Annual report of lunatic asylums [Bombay] - 1912-1922
Year: 1912
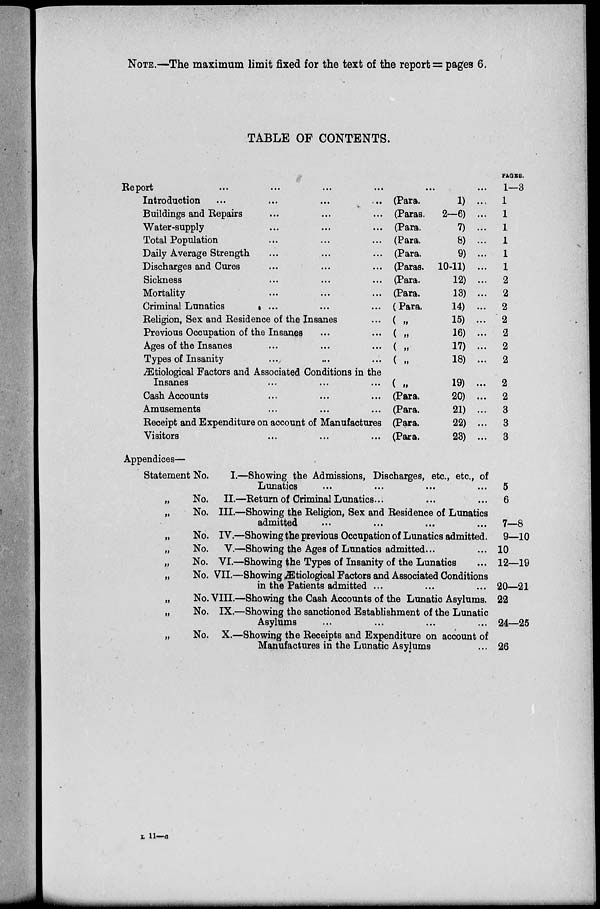
NOTE.—The maximum limit fixed for the text of the report = pages 6.
TABLE OF CONTENTS.
Report
...
...
...
...
...
...
Introduction ... ... ... ...
Buildings and Repairs ... ... ...
Water-supply ... ... ...
Total Population ... ... ...
Daily Average Strength ... ... ...
Discharges and Cures ... ... ...
Sickness ... ... ...
Mortality ... ... ...
Criminal Lunatics ... ... ...
Religion, Sex and Residence of the Insanes ...
Previous Occupation of the Insanes ... ...
Ages of the Insanes ... ... ...
Types of Insanity ... ... ...
Ætiological Factors and Associated Conditions in the
Insanes ... ... ...
Cash Accounts ... ... ...
Amusements ... ... ...
Receipt and Expenditure on account of Manufactures
Visitors ... ... ...
(Para.
1) ...
(Paras.
2—6) ...
(Para.
7) ...
(Para.
8) ...
(Para.
9) ...
(Paras. 10-11) ...
(Para.
12) ...
(Para.
13) ...
(Para.
14) ...
( „
15) ...
(
„
16) ...
( „
17) ...
( „
18) ...
( „
19) ...
(Para.
20) ...
(Para.
21) ...
(Para.
22) ...
(Para.
23) ...
PAGES.
1—3
1
1
1
1
1
1
2
2
2
2
2
2
2
2
2
3
3
3
Appendices—
Statement No. I.—Showing the Admissions, Discharges, etc., etc., of
Lunatics
...
...
...
...
No. II.—Return of Criminal Lunatics. ... ... ...
„
No. III. —Showing the Religion, Sex and Residence of Lunatics
admitted ... ... ... ...
„
No. IV.—Showing the previous Occupation of Lunatics admitted.
No. V.—Showing the Ages of Lunatics admitted ... ...
„
No. VI.—Showing the Types of Insanity of the Lunatics ...
No. VII.—Showing Ætiological Factors and Associated Conditions
in the Patients admitted ... ... ...
No. VIII.—Showing the Cash Accounts of the Lunatic Asylums.
„
No. IX.—Showing the sanctioned Establishment of the Lunatic
Asylums ... ... ... ...
No. X.—Showing the Receipts and Expenditure on account of
Manufactures in the Lunatic Asylums ...
5
6
7—8
9—10
10
12—19
20—21
22
24—25
26
L 11—a